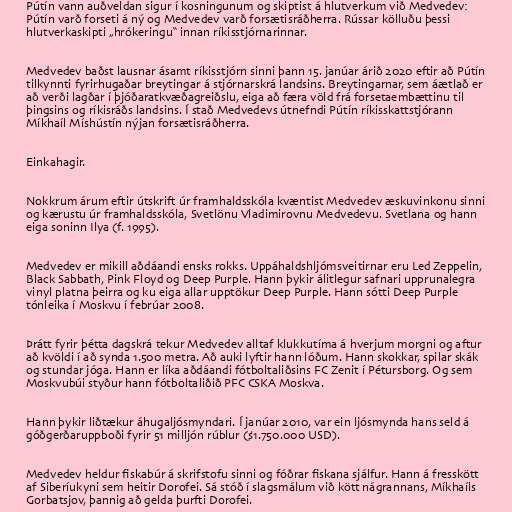
Pútín vann auðveldan sigur í kosningunum og skiptist á hlutverkum við Medvedev:
Pútín varð forseti á ný og Medvedev varð forsætisráðherra. Rússar kölluðu þessi
hlutverkaskipti „hrókeringu“ innan ríkisstjórnarinnar.

Medvedev baðst lausnar ásamt ríkisstjórn sinni þann 15. janúar árið 2020 eftir að Pútín
tilkynnti fyrirhugaðar breytingar á stjórnarskrá landsins. Breytingarnar, sem áætlað er
að verði lagðar í þjóðaratkvæðagreiðslu, eiga að færa völd frá forsetaembættinu til
þings­ins og rík­is­ráðs lands­ins. Í stað Medvedevs útnefndi Pútín ríkisskattstjórann
Míkhaíl Míshústín nýjan forsætisráðherra.

Einkahagir.

Nokkrum árum eftir útskrift úr framhaldsskóla kvæntist Medvedev æskuvinkonu sinni
og kærustu úr framhaldsskóla, Svetlönu Vladimirovnu Medvedevu. Svetlana og hann
eiga soninn Ilya (f. 1995).

Medvedev er mikill aðdáandi ensks rokks. Uppáhaldshljómsveitirnar eru Led Zeppelin,
Black Sabbath, Pink Floyd og Deep Purple. Hann þykir álitlegur safnari upprunalegra
vinyl platna þeirra og ku eiga allar upptökur Deep Purple. Hann sótti Deep Purple
tónleika í Moskvu í febrúar 2008.

Þrátt fyrir þétta dagskrá tekur Medvedev alltaf klukkutíma á hverjum morgni og aftur
að kvöldi í að synda 1.500 metra. Að auki lyftir hann lóðum. Hann skokkar, spilar skák
og stundar jóga. Hann er líka aðdáandi fótboltaliðsins FC Zenit í Pétursborg. Og sem
Moskvubúi styður hann fótboltaliðið PFC CSKA Moskva.

Hann þykir liðtækur áhugaljósmyndari. Í janúar 2010, var ein ljósmynda hans seld á
góðgerðaruppboði fyrir 51 milljón rúblur ($1.750.000 USD).

Medvedev heldur fiskabúr á skrifstofu sinni og fóðrar fiskana sjálfur. Hann á fresskött
af Siberíukyni sem heitir Dorofei. Sá stóð í slagsmálum við kött nágrannans, Míkhaíls
Gorbatsjov, þannig að gelda þurfti Dorofei.